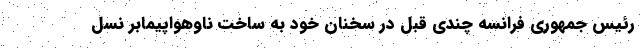
رئیس جمهوری فرانسه چندی قبل در سخنان خود به ساخت ناوهواپیمابر نسل